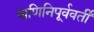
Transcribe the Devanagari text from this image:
पाणिनिपूर्ववर्ती